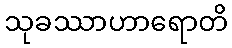
သုခဿာဟာရောတိ